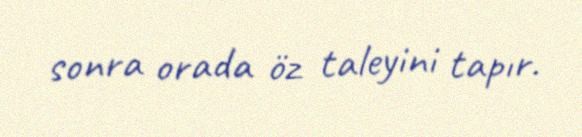
sonra orada öz taleyini tapır.